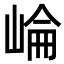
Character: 崘